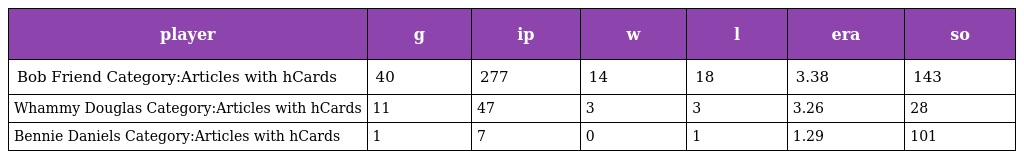
| player | g | ip | w | l | era | so |
 | --- | --- | --- | --- | --- | --- | --- |
 | Bob Friend Category:Articles with hCards | 40 | 277 | 14 | 18 | 3.38 | 143 |
 | Whammy Douglas Category:Articles with hCards | 11 | 47 | 3 | 3 | 3.26 | 28 |
 | Bennie Daniels Category:Articles with hCards | 1 | 7 | 0 | 1 | 1.29 | 101 |